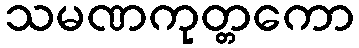
သမဏကုတ္တကော